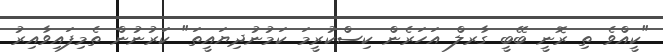
"ކީއްވެ ތި ރޮނީ ބޭބީ ގާރލް އަހަރެން ކިސްކުރީމަ ކަމުނުދިޔައީތަ" ކަރުނުން ތެމިފައިވާއިރު